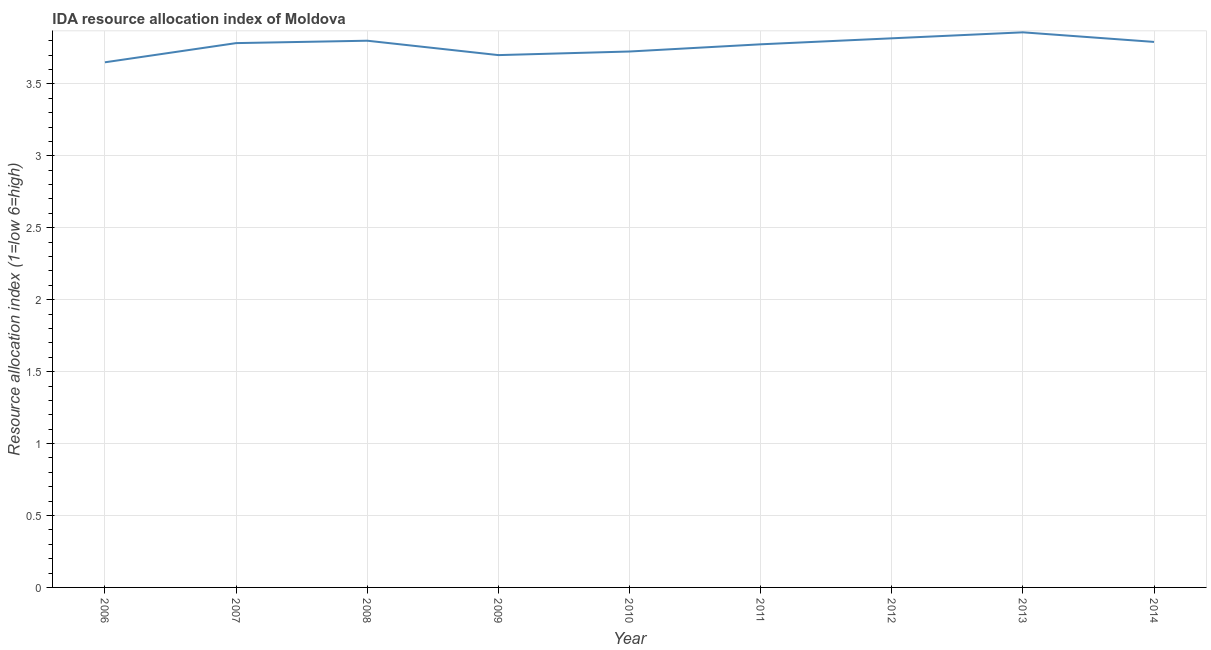
| Year | IDA resource allocation index |
 | --- | --- |
 | 2006 | 3.65 |
 | 2007 | 3.78 |
 | 2008 | 3.8 |
 | 2009 | 3.7 |
 | 2010 | 3.73 |
 | 2011 | 3.77 |
 | 2012 | 3.82 |
 | 2013 | 3.86 |
 | 2014 | 3.79 |